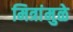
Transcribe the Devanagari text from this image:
मित्रांमुळे